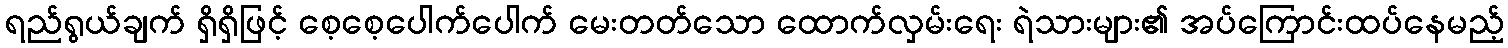
ရည်ရွယ်ချက် ရှိရှိဖြင့် စေ့စေ့ပေါက်ပေါက် မေးတတ်သော ထောက်လှမ်းရေး ရဲသားများ၏ အပ်ကြောင်းထပ်နေမည့်